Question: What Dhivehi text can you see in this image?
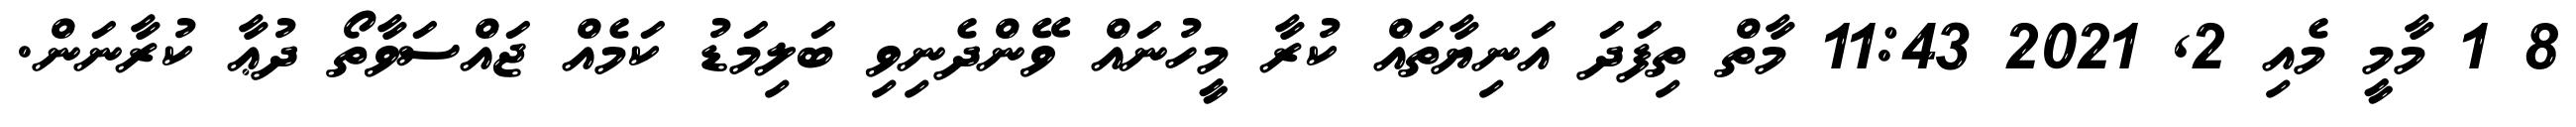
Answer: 8 1 މާމީ މެއި 2, 2021 11:43 މާތް ތިފަދަ އަނިޔާތައް ކުރާ މީހުނައް ވޭންދެނިވި ބަލިމަޑު ކަމެއް ޖައްސަވާތޯ ދުޢާ ކުރާނަން.